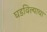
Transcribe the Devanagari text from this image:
घडविल्याचा